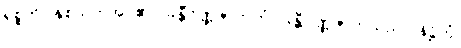
ရုစ္စတိ၊ နှစ်သက်အပ်၏။ ခန္တီဝဏ္ဏဇာတကံ၊ ခန္တီဝဏ္ဏဇာတ်သည်။ နိဋ္ဌိတံ၊